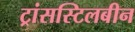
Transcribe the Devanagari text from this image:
ट्रांसस्टिलबीन